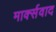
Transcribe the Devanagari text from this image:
मार्क्‍सवाद